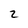
Character: 2